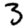
Digit: 3